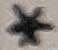
Text: *